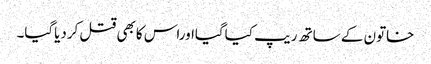
خاتون کے ساتھ ریپ کیاگیااوراس کابھی قتل کردیاگیا۔